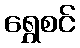
ရွှေစင်